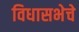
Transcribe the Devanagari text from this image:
विधासभेचे